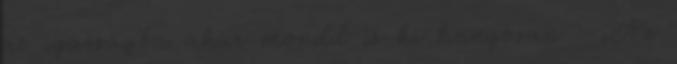
az igazságba akár mondd is ki hangosan : „Az